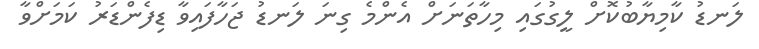
ލަނޑު ކާމިޔާބުކޮށް ލީގުގައި މިހާތަނަށް އެންމެ ގިނަ ލަނޑު ޖަހާފައިވާ ޑިފެންޑަރު ކަމަށްވާ